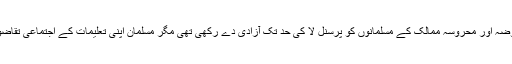
ہر چند نو آبادیاتی اور استعماری قوتوں نے ان مقبوضہ اور محروسہ ممالک کے مسلمانوں کو پرسنل لا کی حد تک آزادی دے رکھی تھی مگر مسلمان اپنی تعلیمات کے اجتماعی تقاضوں کی تعمیل اور تکمیل سے کلیتاً محروم ہو گئے۔